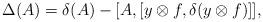
LaTeX: \begin{align*}\Delta(A) =\delta(A) - [A,[y\otimes f,\delta(y\otimes f)]],\end{align*}